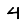
Digit: 4